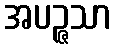
အပဉ္ဇသာ